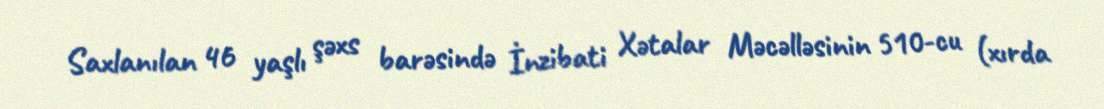
Saxlanılan 46 yaşlı şəxs barəsində İnzibati Xətalar Məcəlləsinin 510-cu (xırda